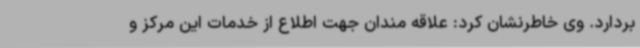
بردارد. وی خاطرنشان کرد: علاقه مندان جهت اطلاع از خدمات این مرکز و